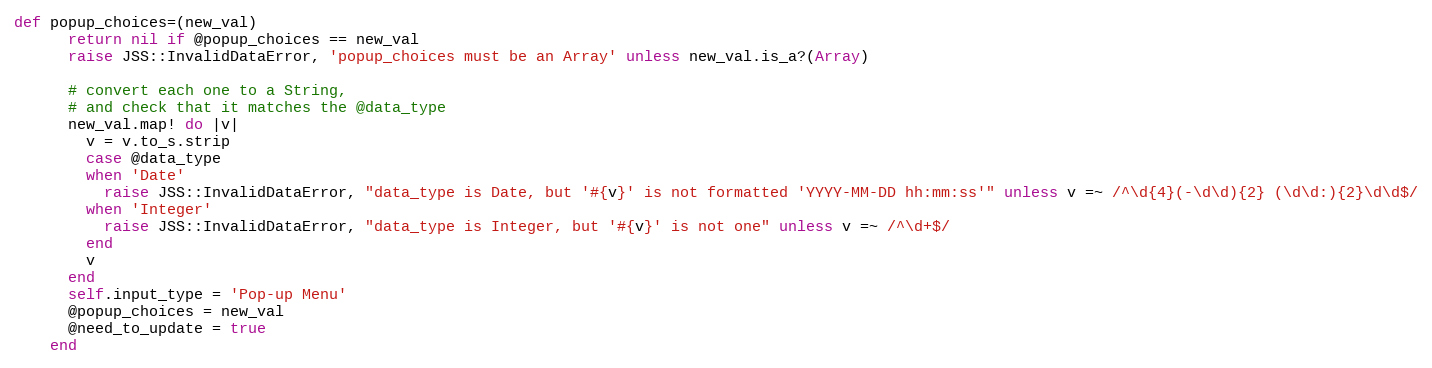
Language: Ruby
def popup_choices=(new_val)
      return nil if @popup_choices == new_val
      raise JSS::InvalidDataError, 'popup_choices must be an Array' unless new_val.is_a?(Array)

      # convert each one to a String,
      # and check that it matches the @data_type
      new_val.map! do |v|
        v = v.to_s.strip
        case @data_type
        when 'Date'
          raise JSS::InvalidDataError, "data_type is Date, but '#{v}' is not formatted 'YYYY-MM-DD hh:mm:ss'" unless v =~ /^\d{4}(-\d\d){2} (\d\d:){2}\d\d$/
        when 'Integer'
          raise JSS::InvalidDataError, "data_type is Integer, but '#{v}' is not one" unless v =~ /^\d+$/
        end
        v
      end
      self.input_type = 'Pop-up Menu'
      @popup_choices = new_val
      @need_to_update = true
    end